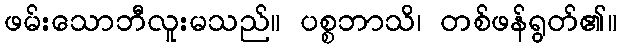
ဖမ်းသောဘီလူးမသည်။ ပစ္စဘာသိ၊ တစ်ဖန်ရွတ်၏။